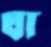
ঘা